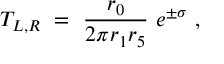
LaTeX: T _ { L , R } ~ = ~ \frac { r _ { 0 } } { 2 \pi r _ { 1 } r _ { 5 } } ~ e ^ { \pm \sigma } ~ ,